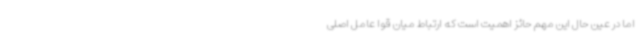
اما در عین حال این مهم حائز اهمیت است که ارتباط میان قوا عامل اصلی